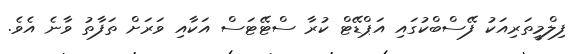
ފިލްމީތަރިއަކު ފޭސްބްކުގައި އަޕްޑޭޓް ކުރާ ސްޓޭޓަސް އަކާއި ވަރަށް ތަފާތު ވާނެ އެވެ.